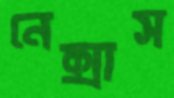
নেক্সাস